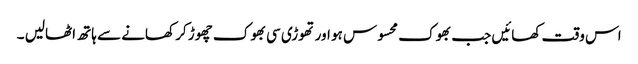
اس وقت کھائیں جب بھوک محسوس ہو اور تھوڑی سی بھوک چھوڑ کر کھانے سے ہاتھ اٹھالیں ۔